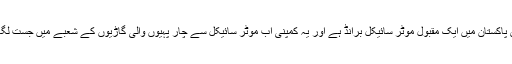
روڈ پرنس پاکستان میں ایک مقبول موٹر سائیکل برانڈ ہے اور یہ کمپنی اب موٹر سائیکل سے چار پہیوں والی گاڑیوں کے شعبے میں جست لگا رہی ہے۔